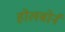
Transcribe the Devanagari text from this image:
होलबोर्न